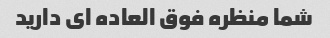
شما منظره فوق العاده ای دارید